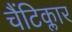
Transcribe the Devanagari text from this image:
चैंटिक्लार